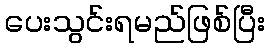
ပေးသွင်းရမည်ဖြစ်ပြီး